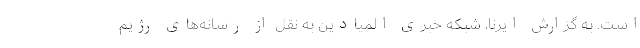
است. به گزارش ایرنا، شبکه خبری المیادین به نقل از رسانه‌های رژیم